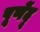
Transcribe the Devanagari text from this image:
पूर्णेंदू